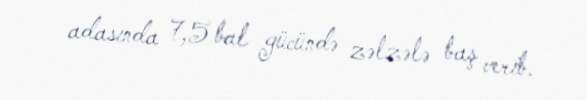
adasında 7,5 bal gücündə zəlzələ baş verib.